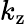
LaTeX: k_{\mathrm{z}}